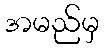
အမည်မှ